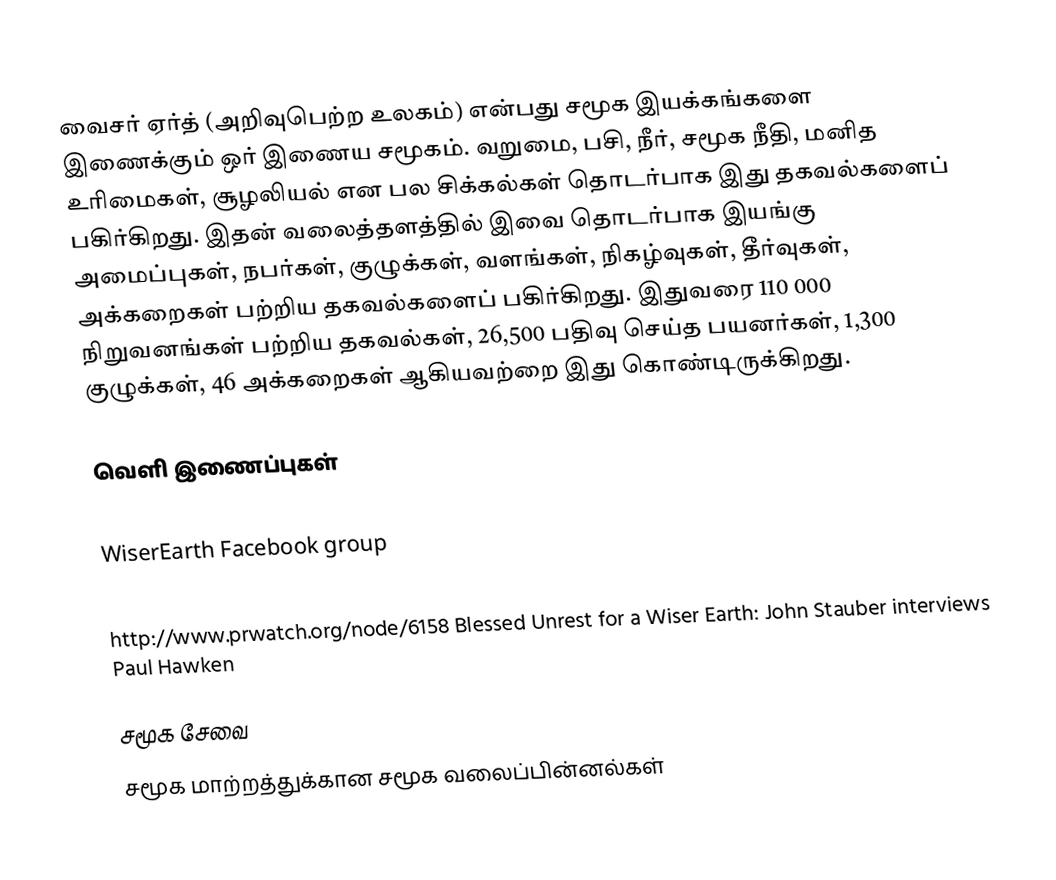
வைசர் ஏர்த் (அறிவுபெற்ற உலகம்) என்பது சமூக இயக்கங்களை இணைக்கும் ஒர் இணைய சமூகம்.   வறுமை, பசி, நீர், சமூக நீதி, மனித உரிமைகள், சூழலியல் என பல சிக்கல்கள் தொடர்பாக இது தகவல்களைப் பகிர்கிறது.  இதன் வலைத்தளத்தில் இவை தொடர்பாக இயங்கு அமைப்புகள், நபர்கள், குழுக்கள், வளங்கள், நிகழ்வுகள், தீர்வுகள், அக்கறைகள் பற்றிய தகவல்களைப் பகிர்கிறது.  இதுவரை 110 000 நிறுவனங்கள் பற்றிய தகவல்கள், 26,500 பதிவு செய்த பயனர்கள், 1,300 குழுக்கள், 46 அக்கறைகள் ஆகியவற்றை இது கொண்டிருக்கிறது.

வெளி இணைப்புகள்
 WiserEarth
 WiserEarth Facebook group
 http://www.treehugger.com/files/2007/06/wiser_earth_paul_hawken.php
 http://www.prwatch.org/node/6158 Blessed Unrest for a Wiser Earth: John Stauber interviews Paul Hawken

சமூக சேவை
சமூக மாற்றத்துக்கான சமூக வலைப்பின்னல்கள்